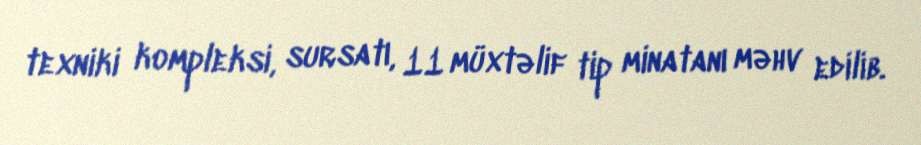
texniki kompleksi, sursatı, 11 müxtəlif tip minatanı məhv edilib.